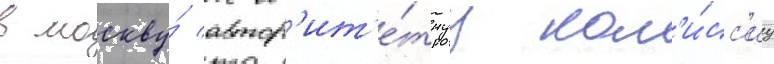
в москву́ автор'ит'е́тнуу ком'и́сс'иу